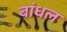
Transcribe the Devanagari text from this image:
बांधल